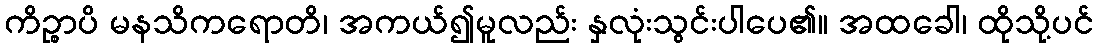
ကိဉ္စာပိ မနသိကရောတိ၊ အကယ်၍မူလည်း နှလုံးသွင်းပါပေ၏။ အထခေါ၊ ထိုသို့ပင်